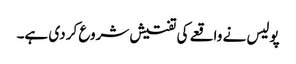
پولیس نے واقعے کی تفتیش شروع کر دی ہے۔